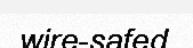
wire-safed